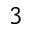
^ 3